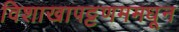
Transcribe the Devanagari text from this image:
विशाखापट्टणममधून